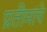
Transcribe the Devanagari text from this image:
प्रतीमांचे